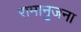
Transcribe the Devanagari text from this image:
रामानुजना